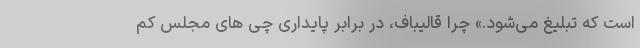
است که تبلیغ می‌شود.» چرا قالیباف، در برابر پایداری چی های مجلس کم